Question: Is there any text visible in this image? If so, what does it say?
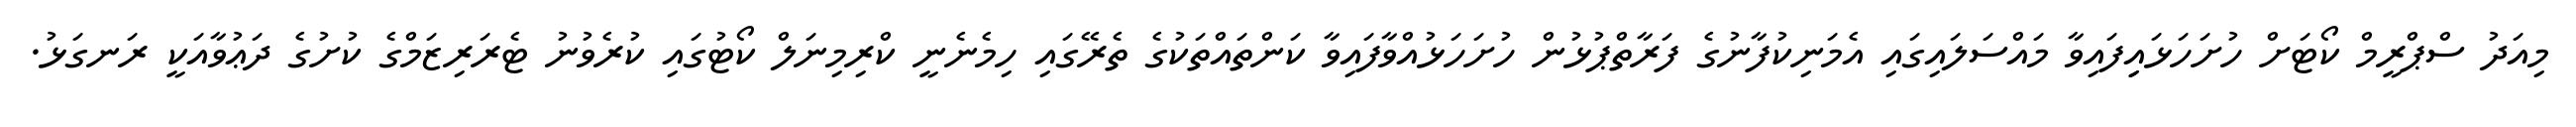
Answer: މިއަދު ސްޕްރީމް ކޯޓަށް ހުށަހަޅައިިފައިވާ މައްސަލައިގައި އެމަނިކުފާނުގެ ފަރާތްޕުޅުން ހުށަހަޅުއްވާފައިވާ ކަންތައްތަކުގެ ތެރޭގައި ހިމެނެނީ ކްރިމިނަލް ކޯޓުގައި ކުރެވުނު ޓެރަރިޒަމްގެ ކުށުގެ ދަޢުވާއަކީ ރަނގަޅު.